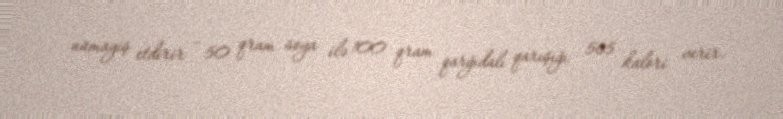
nümayiş etdirir – 50 qram soya ilə 100 qram qarğıdalı qarışığı 565 kalori verir.